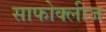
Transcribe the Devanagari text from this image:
साफोक्लीज